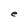
Character: e